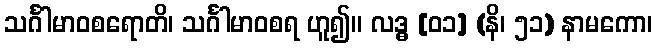
သင်္ဂါမာဝစရောတိ၊ သင်္ဂါမာဝစရ ဟူ၍။ လဒ္ဓ [၀၁] (နိ၊ ၅၁) နာမကော၊